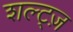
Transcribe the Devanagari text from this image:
शल्ट्ज़